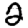
Digit: 2